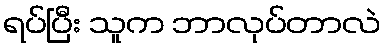
ရပ်ပြီး သူက ဘာလုပ်တာလဲ